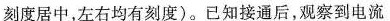
刻度居中，左右均有刻度)。已知接通后，观察到电流